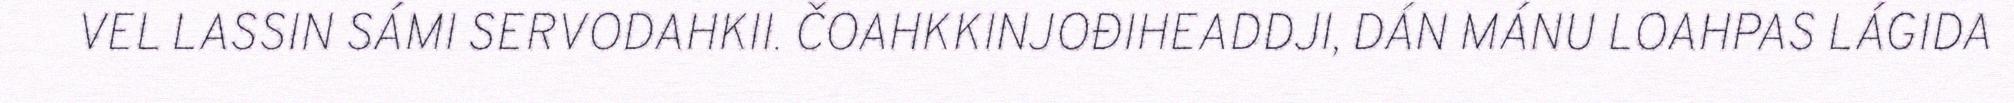
VEL LASSIN SÁMI SERVODAHKII. ČOAHKKINJOĐIHEADDJI, DÁN MÁNU LOAHPAS LÁGIDA